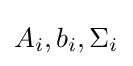
A_{i},b_{i},\Sigma _{i}